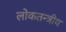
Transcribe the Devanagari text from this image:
लोकतन्त्रीय